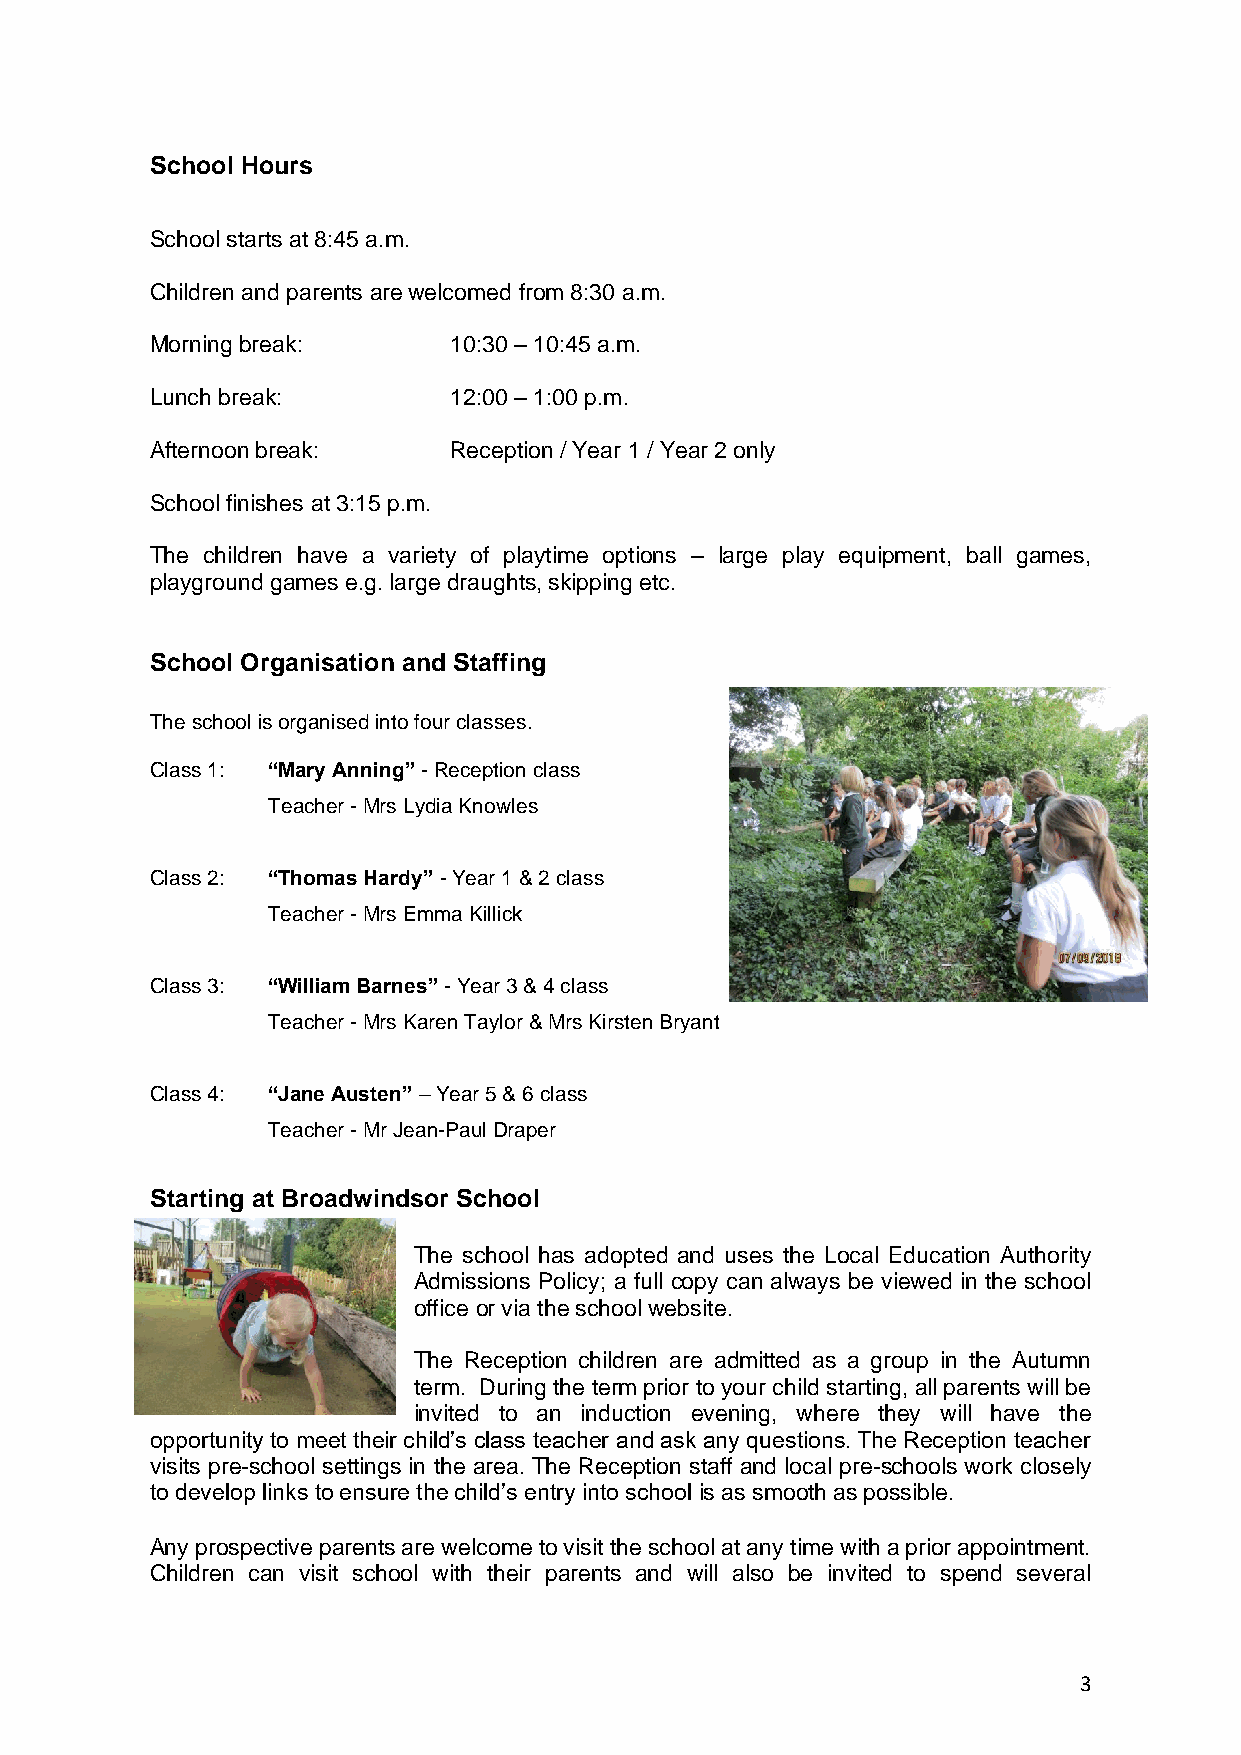
School Hours
 School starts at 8:45 a.m.
 Children and parents are welcomed from 8:30 a.m.
 Morning break:      10:30 – 10:45 a.m.
 Lunch break:        12:00 – 1:00 p.m.
 Afternoon break:    Reception / Year 1 / Year 2 only
 School finishes at 3:15 p.m.
 The children have a variety of playtime options – large play equipment, ball games,
 playground games e.g. large draughts, skipping etc.
 School Organisation and Staffing
 The school is organised into four classes.
 Class 1: “Mary Anning” - Reception class
 Teacher - Mrs Lydia Knowles
 Class 2: “Thomas Hardy” - Year 1 & 2 class
 Teacher - Mrs Emma Killick
 Class 3: “William Barnes” - Year 3 & 4 class
 Teacher - Mrs Karen Taylor & Mrs Kirsten Bryant
 Class 4: “Jane Austen” – Year 5 & 6 class
 Teacher - Mr Jean-Paul Draper
 Starting at Broadwindsor School
 The school has adopted and uses the Local Education Authority
 Admissions Policy; a full copy can always be viewed in the school
 office or via the school website.
 The Reception children are admitted as a group in the Autumn
 term. During the term prior to your child starting, all parents will be
 invited to an induction evening, where they will have the
 opportunity to meet their child’s class teacher and ask any questions. The Reception teacher
 visits pre-school settings in the area. The Reception staff and local pre-schools work closely
 to develop links to ensure the child’s entry into school is as smooth as possible.
 Any prospective parents are welcome to visit the school at any time with a prior appointment.
 Children can visit school with their parents and will also be invited to spend several
 3